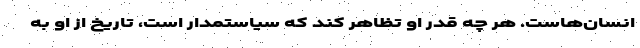
انسان‌هاست. هر چه قدر او تظاهر کند که سیاستمدار است، تاریخ از او به